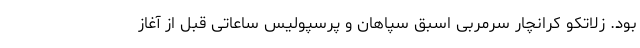
بود. زلاتکو کرانچار سرمربی اسبق سپاهان و پرسپولیس ساعاتی قبل از آغاز